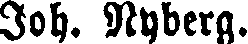
Joh. Nyberg.